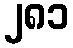
၂၈၁